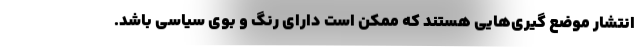
انتشار موضع گیری‌هایی هستند که ممکن است دارای رنگ و بوی سیاسی باشد.